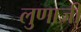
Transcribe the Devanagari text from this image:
लुणाजी